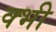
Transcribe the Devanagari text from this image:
क्भी